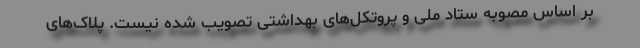
بر اساس مصوبه ستاد ملی و پروتکل‌های بهداشتی تصویب شده نیست. پلاک‌های